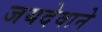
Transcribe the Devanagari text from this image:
जयदेवाने